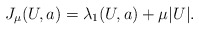
\begin{align*} J_\mu(U,a) = \lambda_1(U,a) + \mu |U|. \end{align*}